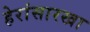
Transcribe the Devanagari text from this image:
हेरांसारखा